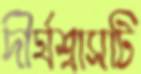
দীর্ঘশ্বাসটি